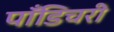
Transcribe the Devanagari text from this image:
पाँडिचरी